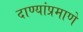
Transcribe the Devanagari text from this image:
दाण्यांप्रमाणे